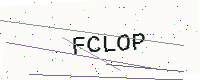
Text: FCLOP